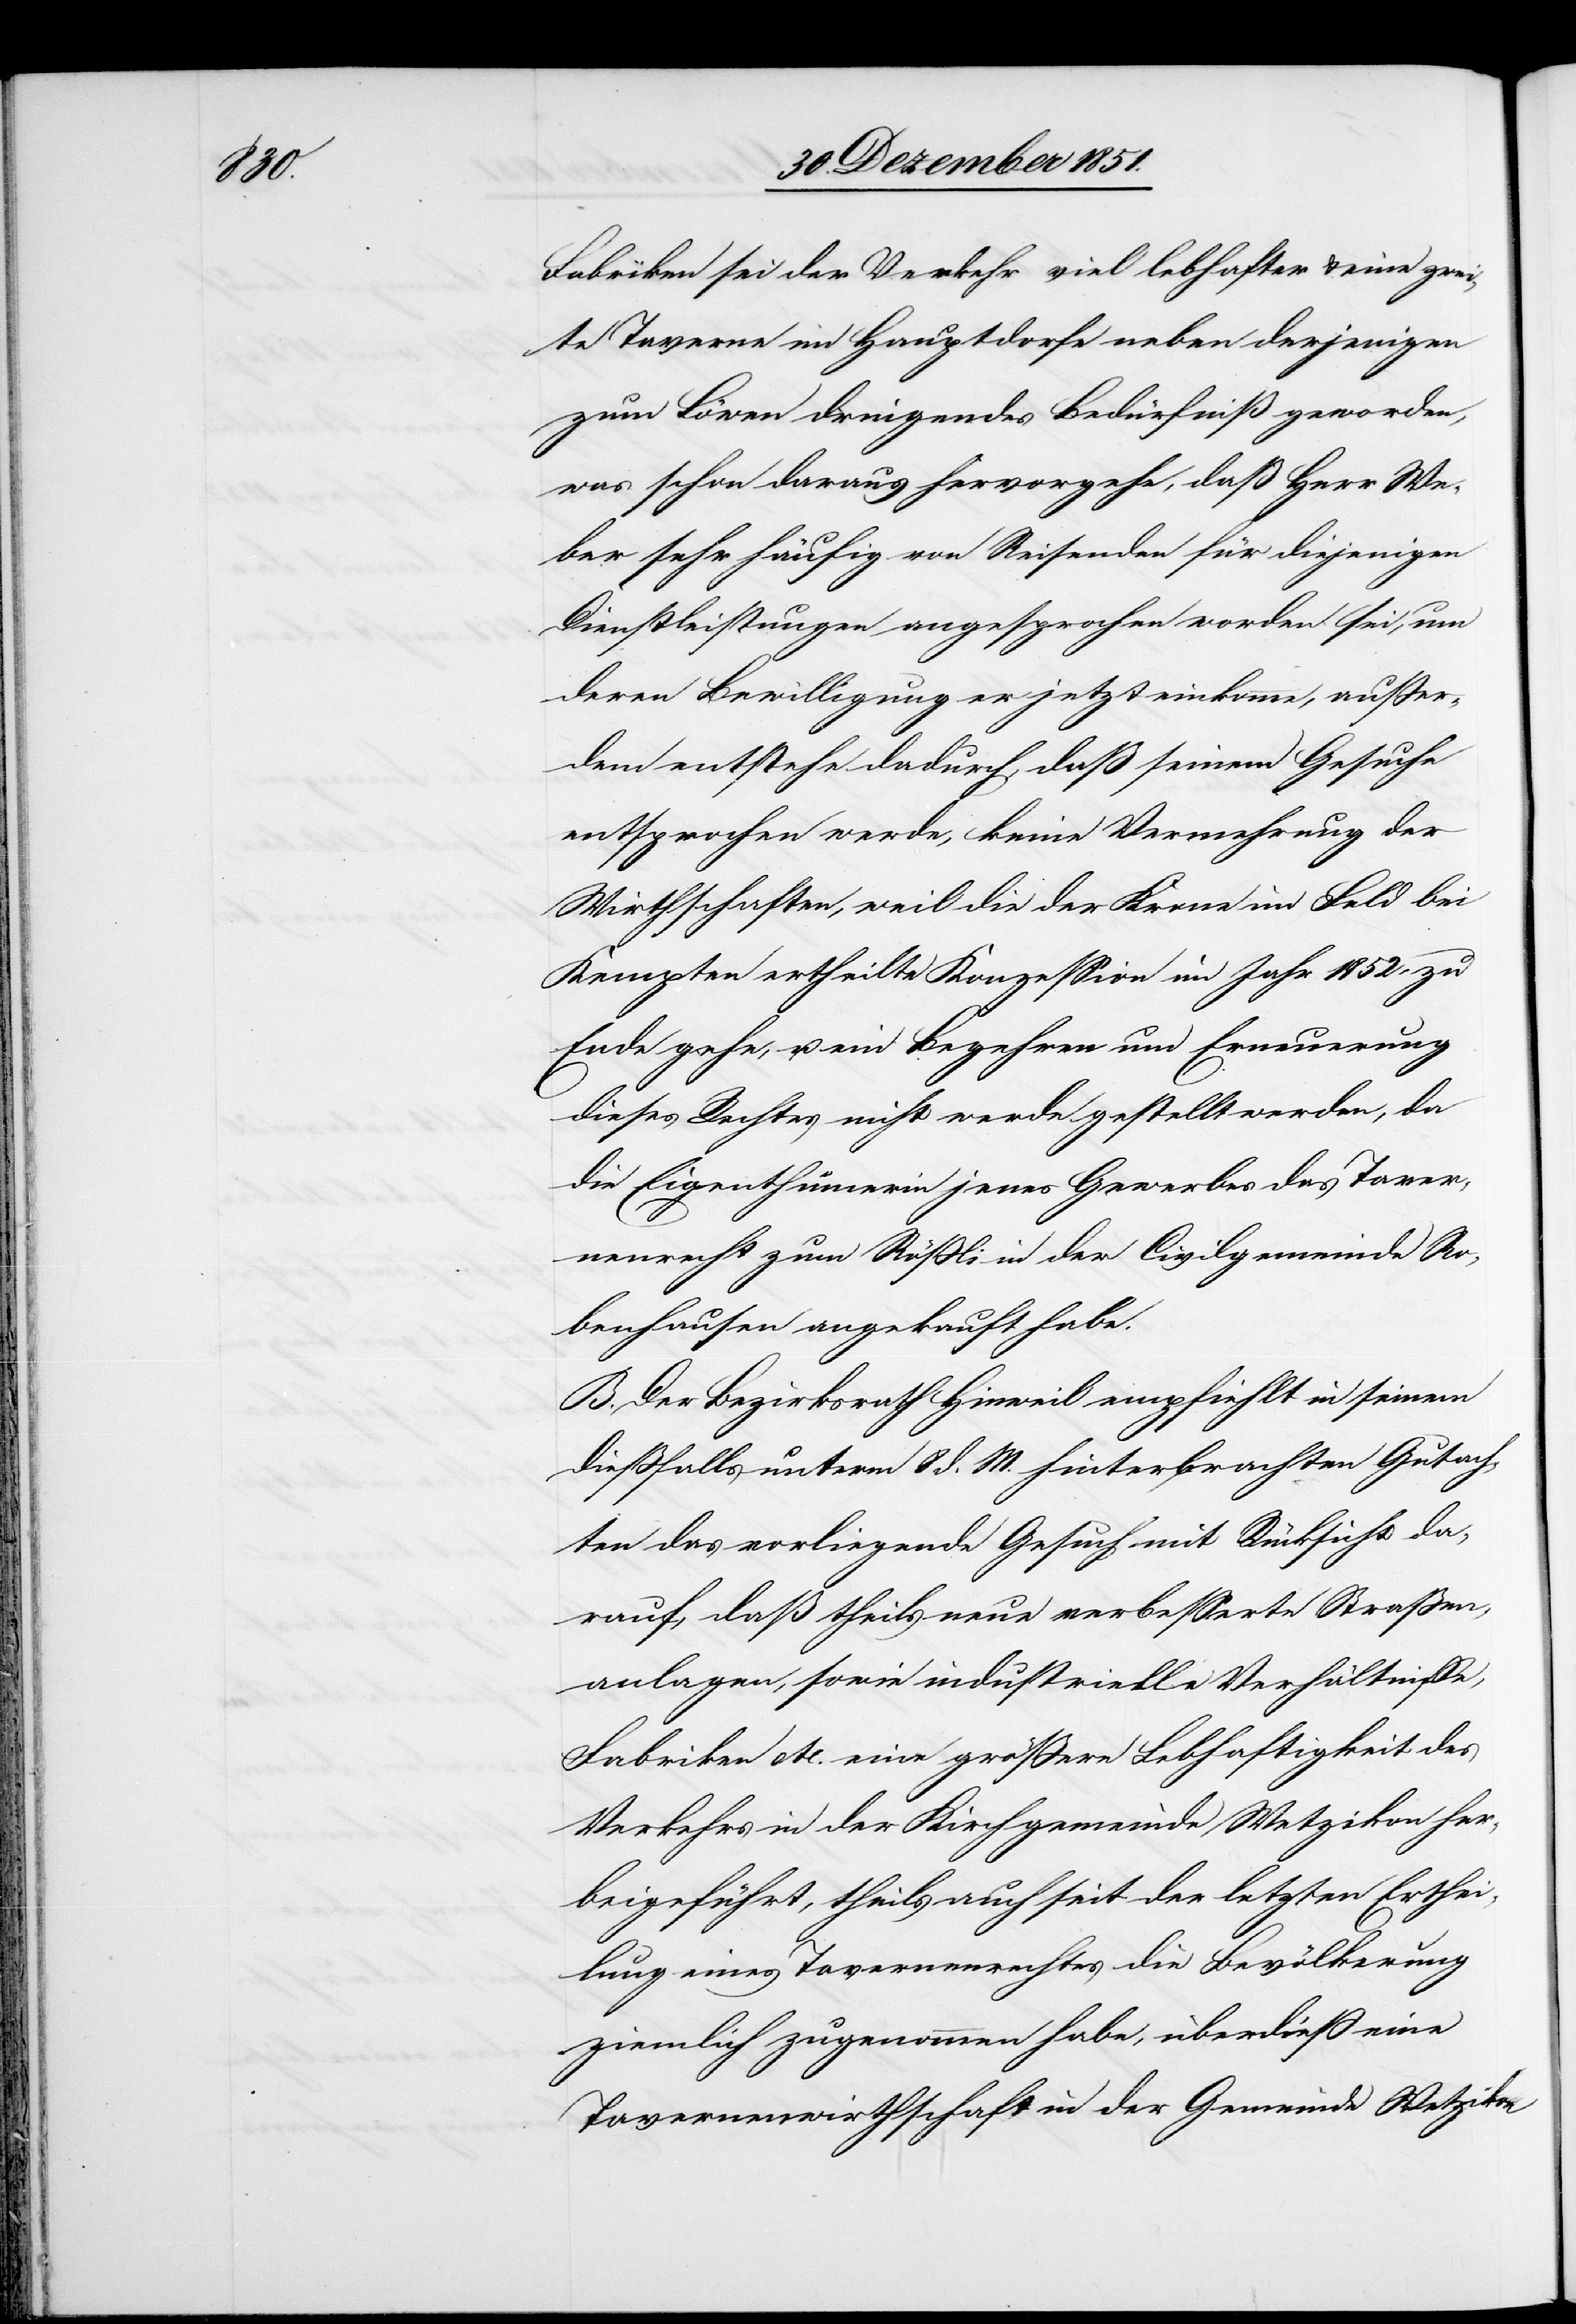
Fabriken sei der Verkehr viel lebhafter & eine zwei¬
te Taverne im Hauptdorfe neben derjenigen
zum Löwen dringendes Bedürfniß geworden,
was schon daraus hervorgehe, daß Herr We¬
ber sehr häufig von Reisenden für diejenigen
Dienstleistungen angesprochen worden sei, um
deren Bewilligung er jetzt einkomme, außer¬
dem entstehe dadurch, daß seinem Gesuche
entsprochen werde, keine Vermehrung der
Wirthschaften, weil die der Krone im Feld bei
Kempten ertheilte Konzession im Jahr 1852 zu
Ende gehe, u. ein Begehren um Erneuerung
dieses Rechtes nicht werde gestellt werden, da
die Eigenthümerin jenes Gewerbes das Taver¬
nenrecht zum Rößli in der Civilgemeinde Ro¬
benhausen angekauft habe.
B. Der Bezirksrath Hinweil empfiehlt in seinem
dießfalls unterm 8 d. M. hinterbrachten Gutach¬
ten das vorliegende Gesuch mit Rücksicht da¬
rauf, daß theils neue verbesserte Straßen¬
anlagen, sowie industrielle Verhältnisse,
Fabriken etc. eine größere Lebhaftigkeit des
Verkehrs in der Kirchgemeinde Wetzikon her¬
beigeführt, theils auch seit der letzten Erthei¬
lung eines Tavernenrechtes die Bevölkerung
ziemlich zugenommen habe, überdieß eine
Tavernenwirthschaft in der Gemeinde Wetzikon